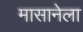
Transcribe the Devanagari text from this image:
मासानेला